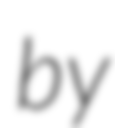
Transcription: by